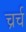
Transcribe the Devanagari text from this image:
च्रर्च